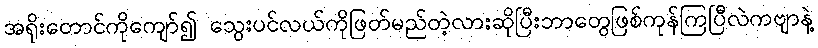
အရိုးတောင်ကိုကျော်၍ သွေးပင်လယ်ကိုဖြတ်မည်တဲ့လားဆိုပြီးဘာတွေဖြစ်ကုန်ကြပြီလဲကဗျာနဲ့